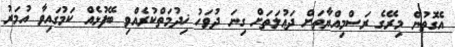
އެގޮތުން މިރޭގެ ރަސްމިއްޔާތަށް ދަޢުލަތަށް ގިނަ ދުވަހު ޚިދުމަތްކުރެއްވި ބޭފުޅެއް ކަމުގައިވާ އުމަރު